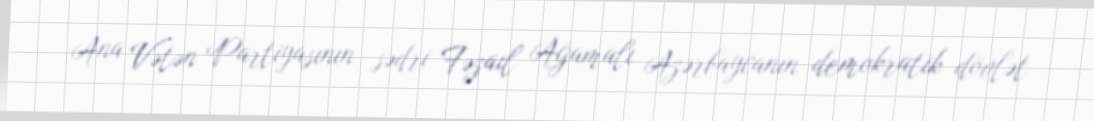
Ana Vətən Partiyasının sədri Fəzail Ağamalı Azərbaycanın demokratik dövlət